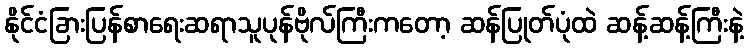
နိုင်ငံခြားပြန်စာရေးဆရာသူပုန်ဗိုလ်ကြီးကတော့ ဆန်ပြုတ်ပုံထဲ ဆန့်ဆန့်ကြီးနဲ့